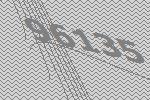
96135